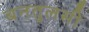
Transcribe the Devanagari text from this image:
बनतुलसी